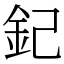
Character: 𨥈